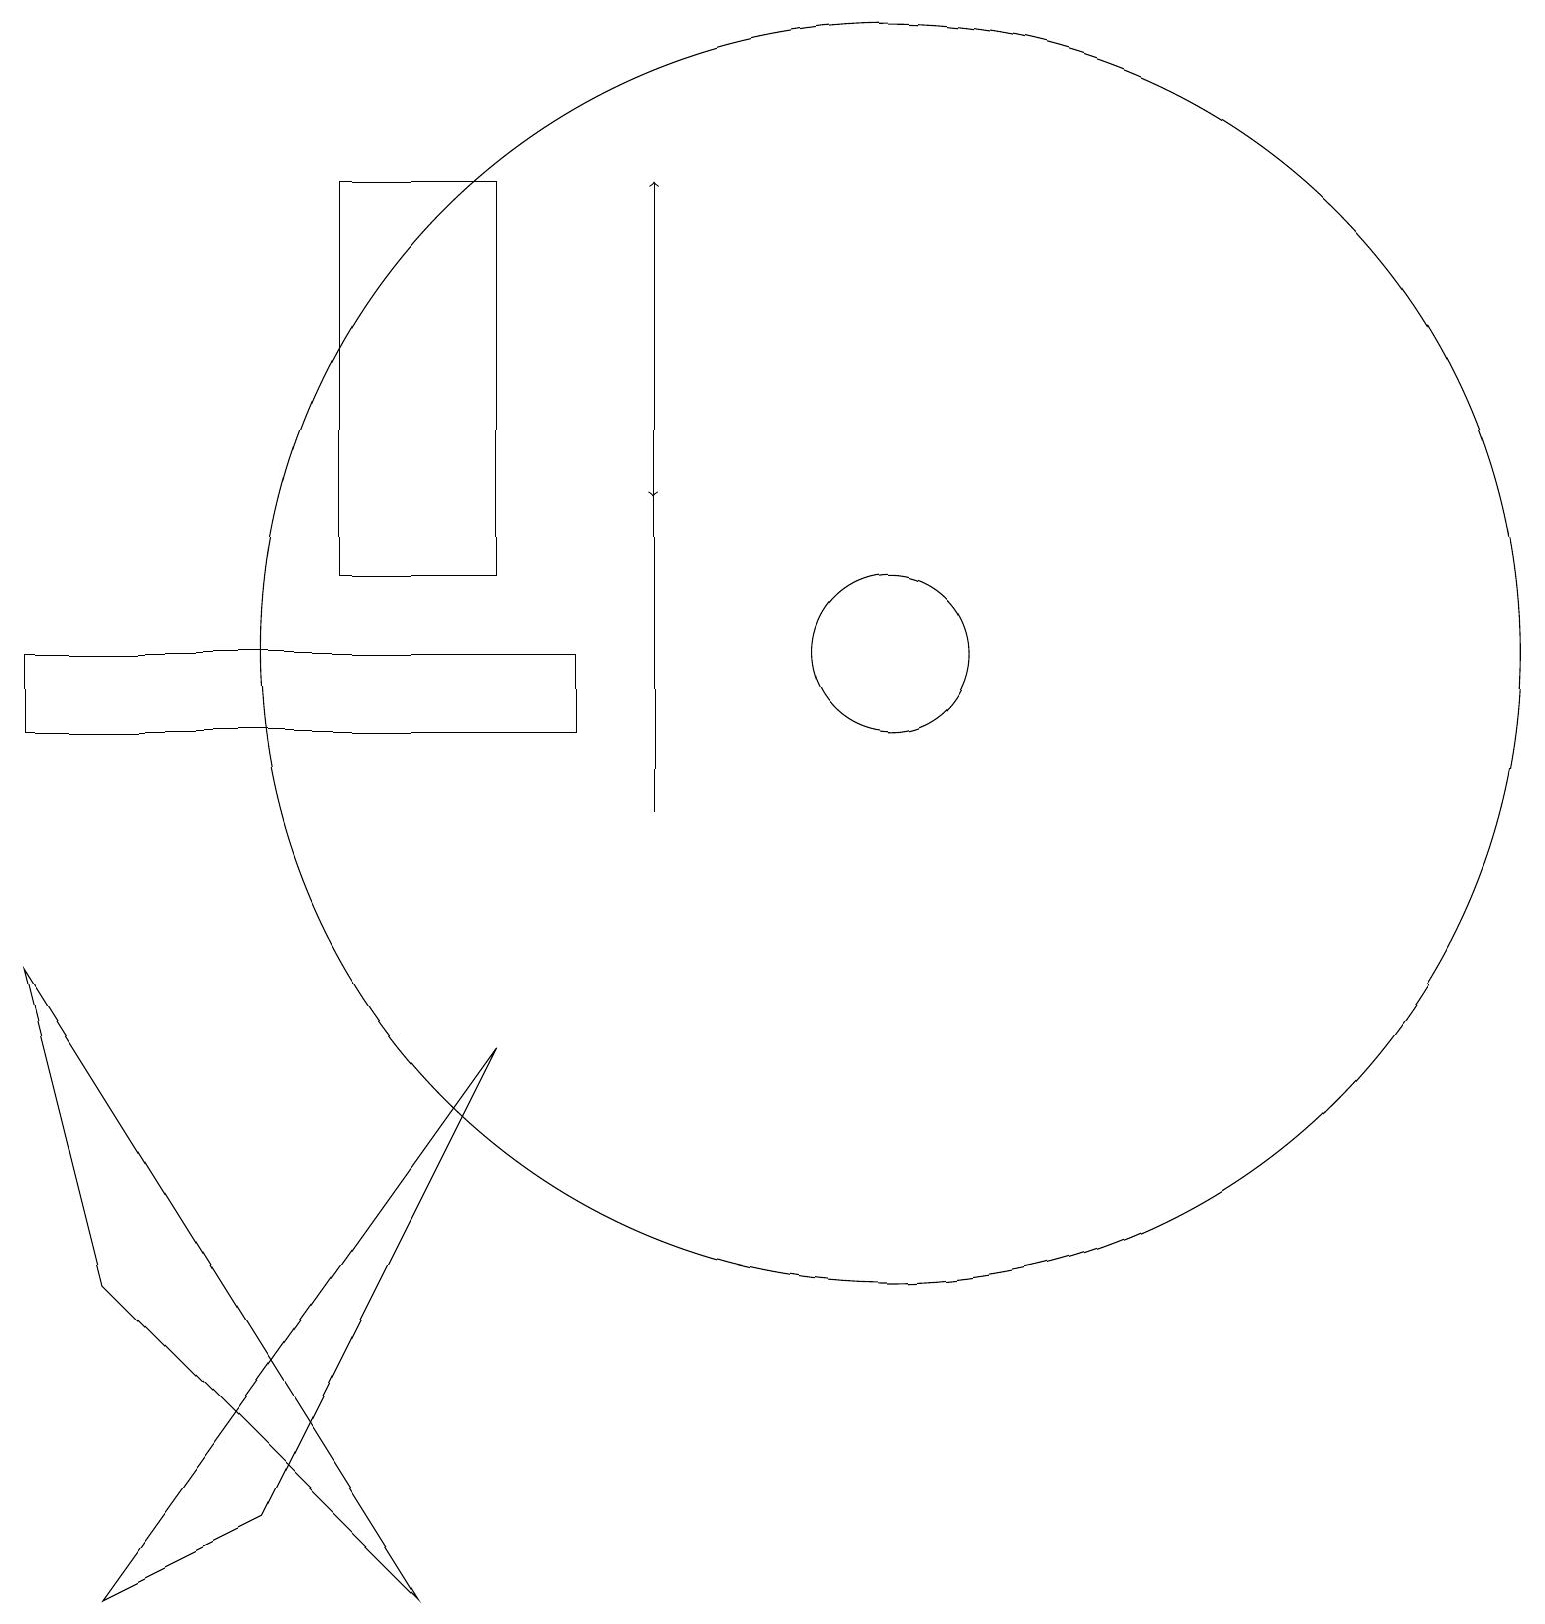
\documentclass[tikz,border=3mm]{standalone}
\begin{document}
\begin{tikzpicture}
\draw[->] (8,17) -- (8,14);
\draw (7,11) rectangle (0,12);
\draw (1,0) -- (6,7) -- (3,1) -- cycle;
\draw (11,12) circle (1);
\draw (11,12) circle (8);
\draw (6,13) rectangle (4,18);
\draw (0,8) -- (1,4) -- (5,0) -- cycle;
\draw[->] (8,10) -- (8,18);
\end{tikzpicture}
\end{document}